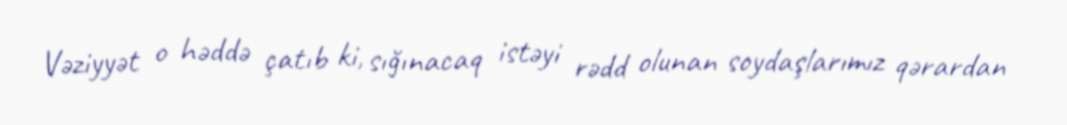
Vəziyyət o həddə çatıb ki, sığınacaq istəyi rədd olunan soydaşlarımız qərardan